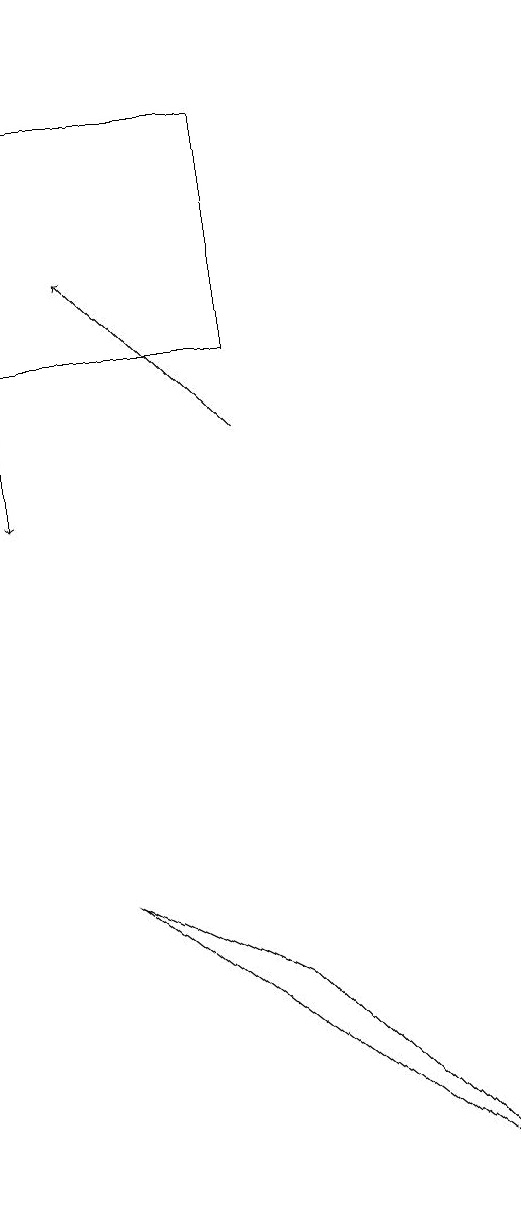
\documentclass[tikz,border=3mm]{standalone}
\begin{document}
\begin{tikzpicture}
\draw[->] (4,12) -- (2,14);
\draw (7,2) -- (2,6) -- (4,5) -- cycle;
\draw (4,13) rectangle (1,16);
\draw[->] (1,17) -- (1,11);
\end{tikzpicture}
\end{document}